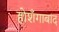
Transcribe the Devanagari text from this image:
होशँगाबाद